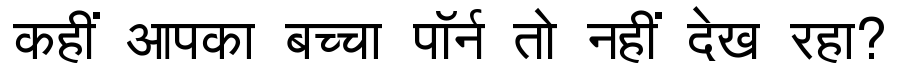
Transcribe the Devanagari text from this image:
कहीं आपका बच्चा पॉर्न तो नहीं देख रहा?